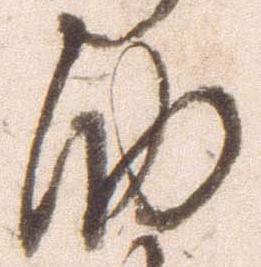
助